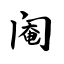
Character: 阉